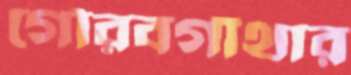
গৌরবগাঁথার